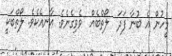
މީހުން އެ ބުނާ ފަދަ  ލޯތްބެއް  ވެވިގެނެވެ. އާނއެކެވެ. ލޯތްބަކީ